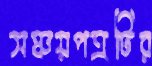
সঞ্চয়পত্রটির